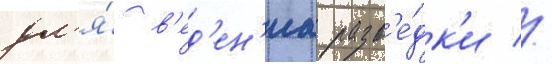
дл'я́ в'ед'ен'иа разв'е́дк'и //